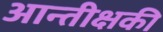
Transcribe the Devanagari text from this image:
आन्तीक्षकी